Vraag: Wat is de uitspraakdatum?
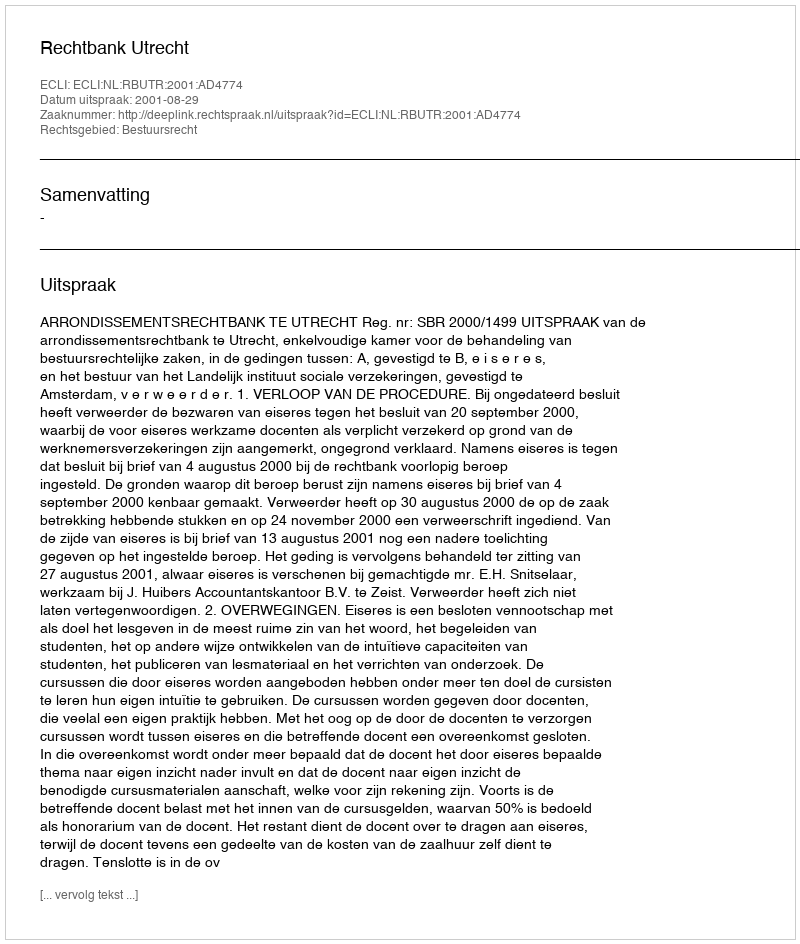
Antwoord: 2001-08-29